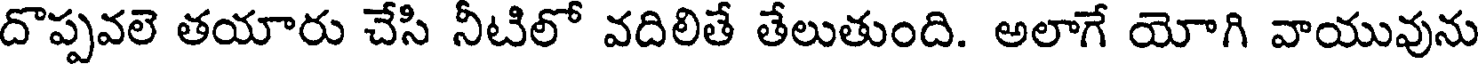
దొప్పవలె తయారు చేసి నీటిలో వదిలితే తేలుతుంది. అలాగే యోగి వాయువును